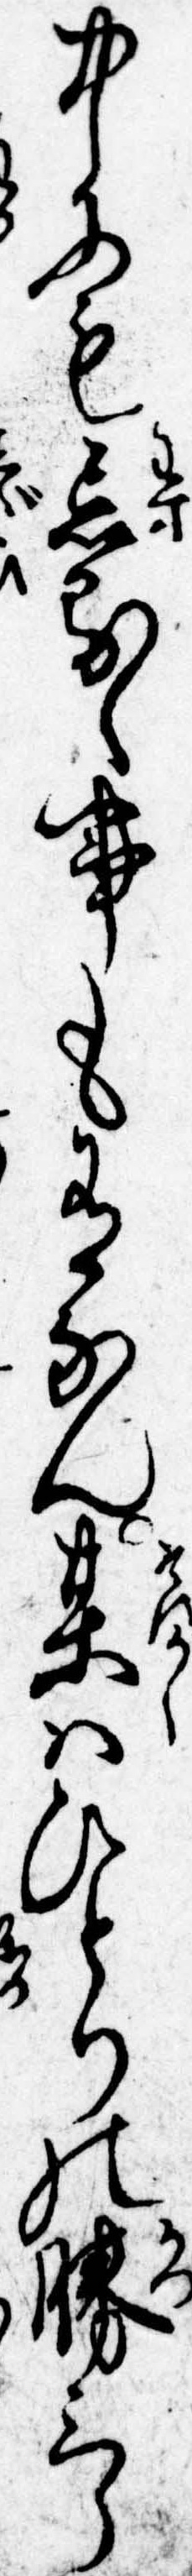
中にも忘るゝ事も有なん某はひとりの勝三郎